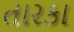
તારકા